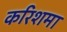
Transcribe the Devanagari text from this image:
करिशमा